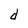
Character: d